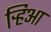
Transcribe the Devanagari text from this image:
र्‍हिआ